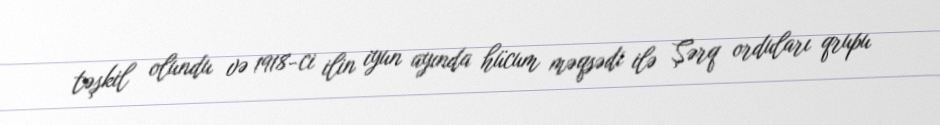
təşkil olundu və 1918-ci ilin iyun ayında hücum məqsədi ilə Şərq orduları qrupu